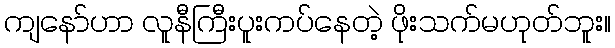
ကျနော်ဟာ လူနီကြီးပူးကပ်နေတဲ့ ဖိုးသက်မဟုတ်ဘူး။